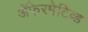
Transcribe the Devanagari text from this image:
ॲफेरमेटिव्ह